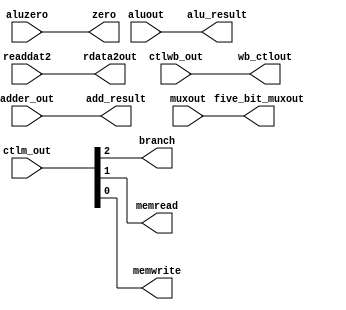
/* ex_mem.v */
module ex_mem(
	input		wire	[1:0]		ctlwb_out,
	input		wire	[2:0]		ctlm_out,
	input		wire	[31:0]	adder_out,
	input		wire				aluzero,
	input		wire	[31:0]	aluout, readdat2,
	input		wire	[4:0]		muxout,
	output	reg	[1:0]		wb_ctlout,
	output	reg				branch, memread, memwrite,
	output	reg	[31:0]	add_result,
	output	reg				zero,
	output	reg	[31:0]	alu_result, rdata2out,
	output	reg	[4:0]		five_bit_muxout
    );

	initial begin
		// Initialize outputs to 0
		wb_ctlout <= 0; 
		branch <= 0; memread <= 0; memwrite <= 0;
		add_result <= 0;
		zero <= 0;
		alu_result <= 0; rdata2out <= 0;
		five_bit_muxout <= 0;
	end

	always@* begin
		// Inputs wired to corresponding outputs
		#1;
		wb_ctlout <= ctlwb_out;
		branch <= ctlm_out[2];    
		memread <= ctlm_out[1];
		memwrite <= ctlm_out[0]; 
      add_result <= adder_out;   
		zero <= aluzero;
		alu_result <= aluout;
		rdata2out <= readdat2;
		five_bit_muxout <= muxout;
	end
endmodule // ex_mem